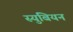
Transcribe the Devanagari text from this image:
स्युबियन